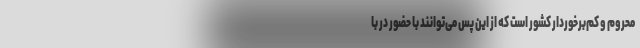
محروم و کم‌برخوردار کشور است که از این پس می‌توانند با حضور در با